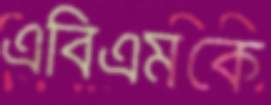
এবিএমকে